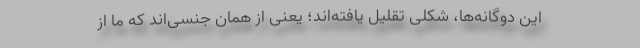
این دوگانه‌ها، شکلی تقلیل یافته‌اند؛ یعنی از همان جنسی‌اند که ما از